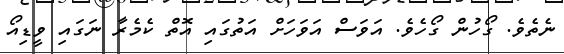
ނެތެވެ. ގޯހުން ގޯހެވެ. އަވަސް އަވަހަށް އަތުގައި އޮތް ކެމެރާ ނަގައި ވީޑިއޯ